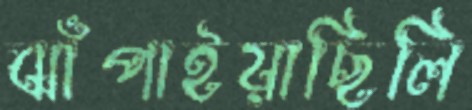
ঝাঁপাইয়াছিলি